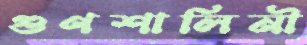
গুণশালিনী